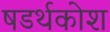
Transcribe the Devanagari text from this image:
षडर्थकोश